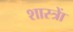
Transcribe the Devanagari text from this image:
शास्त्राें